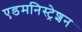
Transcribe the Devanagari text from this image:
एडमनिस्ट्रेशन